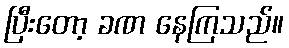
ပြီးတော့ ခဏ နေကြသည်။